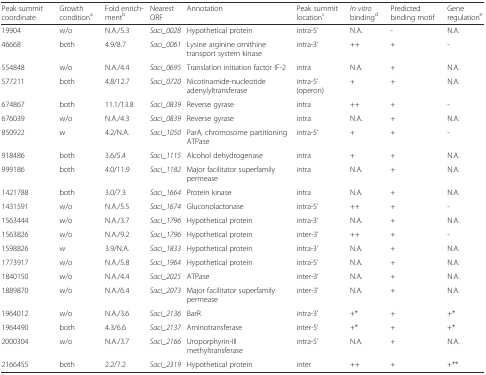
<table><thead><tr><td><b>Peak summit coordinate</b></td><td><b>Growth condition<sup>a</sup></b></td><td><b>Fold enrich-ment<sup>b</sup></b></td><td><b>Nearest ORF</b></td><td><b>Annotation</b></td><td><b>Peak summit location<sup>c</sup></b></td><td><b><i>In vitro</i> binding<sup>d</sup></b></td><td><b>Predicted binding motif</b></td><td><b>Gene regulation<sup>e</sup></b></td></tr></thead><tbody><tr><td>19904</td><td>w/o</td><td>N.A./5.3</td><td><i>Saci_0028</i></td><td>Hypothetical protein</td><td>intra-5’</td><td>N.A.</td><td>-</td><td>N.A.</td></tr><tr><td>46668</td><td>both</td><td>4.9/8.7</td><td><i>Saci_0061</i></td><td>Lysine arginine ornithine transport system kinase</td><td>intra-3’</td><td>++</td><td>+</td><td>-</td></tr><tr><td>554848</td><td>w/o</td><td>N.A./4.4</td><td><i>Saci_0695</i></td><td>Translation initiation factor IF-2</td><td>intra</td><td>N.A.</td><td>+</td><td>N.A.</td></tr><tr><td>577211</td><td>both</td><td>4.8/12.7</td><td><i>Saci_0720</i></td><td>Nicotinamide-nucleotide adenylyltransferase</td><td>intra-5’ (operon)</td><td>+</td><td>+</td><td>N.A.</td></tr><tr><td>674867</td><td>both</td><td>11.1/13.8</td><td><i>Saci_0839</i></td><td>Reverse gyrase</td><td>intra</td><td>++</td><td>+</td><td>-</td></tr><tr><td>676039</td><td>w/o</td><td>N.A./4.3</td><td><i>Saci_0839</i></td><td>Reverse gyrase</td><td>intra</td><td>N.A.</td><td>+</td><td>N.A.</td></tr><tr><td>850922</td><td>w</td><td>4.2/N.A.</td><td><i>Saci_1050</i></td><td>ParA, chromosome partitioning ATPase</td><td>intra-5’</td><td>+</td><td>+</td><td>-</td></tr><tr><td>918486</td><td>both</td><td>3.6/5.4</td><td><i>Saci_1115</i></td><td>Alcohol dehydrogenase</td><td>intra</td><td>+</td><td>+</td><td>N.A.</td></tr><tr><td>999186</td><td>both</td><td>4.0/11.9</td><td><i>Saci_1182</i></td><td>Major facilitator superfamily permease</td><td>intra</td><td>N.A.</td><td>+</td><td>N.A.</td></tr><tr><td>1421788</td><td>both</td><td>3.0/7.3</td><td><i>Saci_1664</i></td><td>Protein kinase</td><td>intra</td><td>N.A.</td><td>+</td><td>N.A.</td></tr><tr><td>1431591</td><td>w/o</td><td>N.A./5.5</td><td><i>Saci_1674</i></td><td>Gluconolactonase</td><td>intra-5’</td><td>++</td><td>+</td><td>-</td></tr><tr><td>1563444</td><td>w/o</td><td>N.A./3.7</td><td><i>Saci_1796</i></td><td>Hypothetical protein</td><td>intra-3’</td><td>N.A.</td><td>+</td><td>N.A.</td></tr><tr><td>1563826</td><td>w/o</td><td>N.A./9.2</td><td><i>Saci_1796</i></td><td>Hypothetical protein</td><td>inter-3’</td><td>++</td><td>+</td><td>-</td></tr><tr><td>1598826</td><td>w</td><td>3.9/N.A.</td><td><i>Saci_1833</i></td><td>Hypothetical protein</td><td>intra-3’</td><td>N.A.</td><td>+</td><td>N.A.</td></tr><tr><td>1773917</td><td>w/o</td><td>N.A./5.8</td><td><i>Saci_1964</i></td><td>Hypothetical protein</td><td>intra-5’</td><td>N.A.</td><td>+</td><td>N.A.</td></tr><tr><td>1840150</td><td>w/o</td><td>N.A./4.4</td><td><i>Saci_2025</i></td><td>ATPase</td><td>inter-3’</td><td>N.A.</td><td>+</td><td>N.A.</td></tr><tr><td>1889870</td><td>w/o</td><td>N.A./6.4</td><td><i>Saci_2073</i></td><td>Major facilitator superfamily permease</td><td>inter-3’</td><td>N.A.</td><td>+</td><td>N.A.</td></tr><tr><td>1964012</td><td>w/o</td><td>N.A./3.6</td><td><i>Saci_2136</i></td><td>BarR</td><td>intra-3’</td><td>+*</td><td>+</td><td>+*</td></tr><tr><td>1964490</td><td>both</td><td>4.3/6.6</td><td><i>Saci_2137</i></td><td>Aminotransferase</td><td>inter-5’</td><td>+*</td><td>+</td><td>+*</td></tr><tr><td>2000304</td><td>w/o</td><td>N.A./3.7</td><td><i>Saci_2166</i></td><td>Uroporphyrin-III methyltransferase</td><td>intra-5’</td><td>N.A.</td><td>+</td><td>N.A.</td></tr><tr><td>2166455</td><td>both</td><td>2.2/7.2</td><td><i>Saci_2319</i></td><td>Hypothetical protein</td><td>inter</td><td>++</td><td>+</td><td>+**</td></tr></tbody></table>